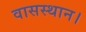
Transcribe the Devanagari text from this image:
वासस्थान।